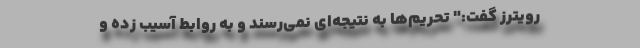
رویترز گفت:" تحریم‌ها به نتیجه‌ای نمی‌رسند و به روابط آسیب زده و